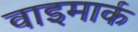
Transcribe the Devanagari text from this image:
वाइमार्क